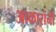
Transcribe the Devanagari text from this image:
आकारांनी